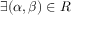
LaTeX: \exists ( \alpha , \beta ) \in R